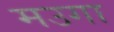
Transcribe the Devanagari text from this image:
मउगा